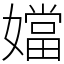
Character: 㜭